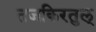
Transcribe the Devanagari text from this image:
तजकिरतुल्